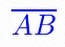
\overline{AB}